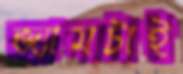
জ্যামটাই